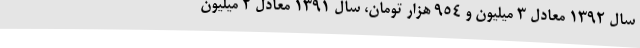
سال ۱۳۹۲ معادل ۳ میلیون و ۹۵۴ هزار تومان، سال ۱۳۹۱ معادل ۲ میلیون